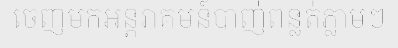
ចេញមកអន្តរាគមន៍បាញ់ពន្លត់ភ្លាមៗ